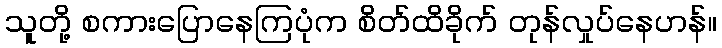
သူတို့ စကားပြောနေကြပုံက စိတ်ထိခိုက် တုန်လှုပ်နေဟန်။